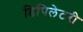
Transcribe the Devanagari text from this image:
डिपिलेटरी